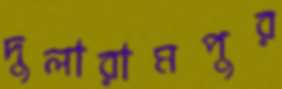
দুলারামপুর